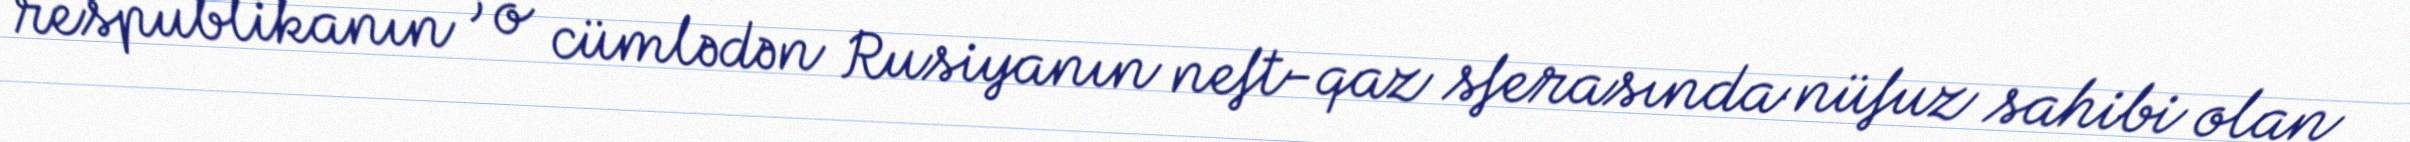
respublikanın , o cümlədən Rusiyanın neft-qaz sferasında nüfuz sahibi olan